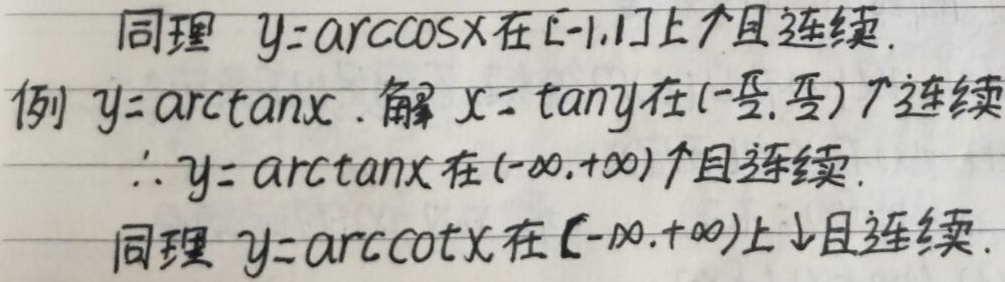
同理，$y = \arccos x$在$[-1,1]$上单调递增且连续。

例：$y = \arctan x$。解：$x = \tan y$在$\left(-\frac{\pi}{2},\frac{\pi}{2}\right)$单调递增且连续，$\therefore y = \arctan x$在$(-\infty,+\infty)$单调递增且连续。

同理，$y = \text{arccot }x$在$(-\infty,+\infty)$上单调递减且连续。